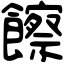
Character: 𩟔